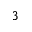
3